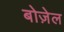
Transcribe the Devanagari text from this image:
बोज़ेल